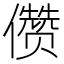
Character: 𰃆